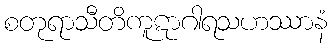
စတုရာသီတိကူဋာဂါရသဟဿာနံ